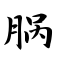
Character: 脶